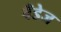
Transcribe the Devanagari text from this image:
बँडेज